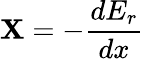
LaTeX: \mathbf{X}=-{\frac{{dE_{r}}}{{dx}}}